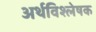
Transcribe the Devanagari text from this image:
अर्थविश्लेषक